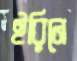
ইরিনে